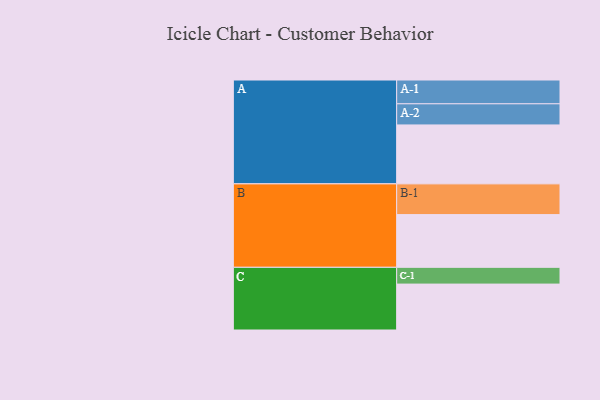
{"axis": {"x": "Segment", "y": "Value"}, "legend": ["", "A", "B", "C"], "data": [{"x": "A", "y": 485, "type": ""}, {"x": "B", "y": 434, "type": ""}, {"x": "C", "y": 378, "type": ""}, {"x": "A-1", "y": 196, "type": "A"}, {"x": "A-2", "y": 174, "type": "A"}, {"x": "B-1", "y": 253, "type": "B"}, {"x": "C-1", "y": 138, "type": "C"}]}